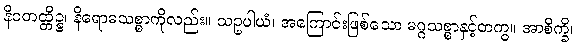
နိဝတထ္တိဉ္စ၊ နိရောဓသစ္စာကိုလည်း။ သဥပါယံ၊ အကြောင်းဖြစ်သော မဂ္ဂသစ္စာနှင့်တကွ။ အာစိက္ခိ၊